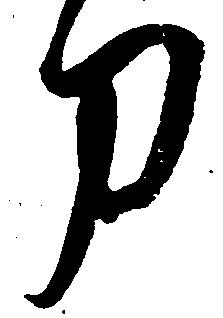
刀